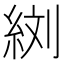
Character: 𦀑